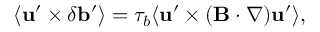
\langle { { \bf { u } } ^ { \prime } \times \delta { \bf { b } } ^ { \prime } } \rangle = \tau _ { b } \langle { { \bf { u } } ^ { \prime } \times ( { \bf { B } } \cdot \nabla ) { \bf { u } } ^ { \prime } } \rangle ,